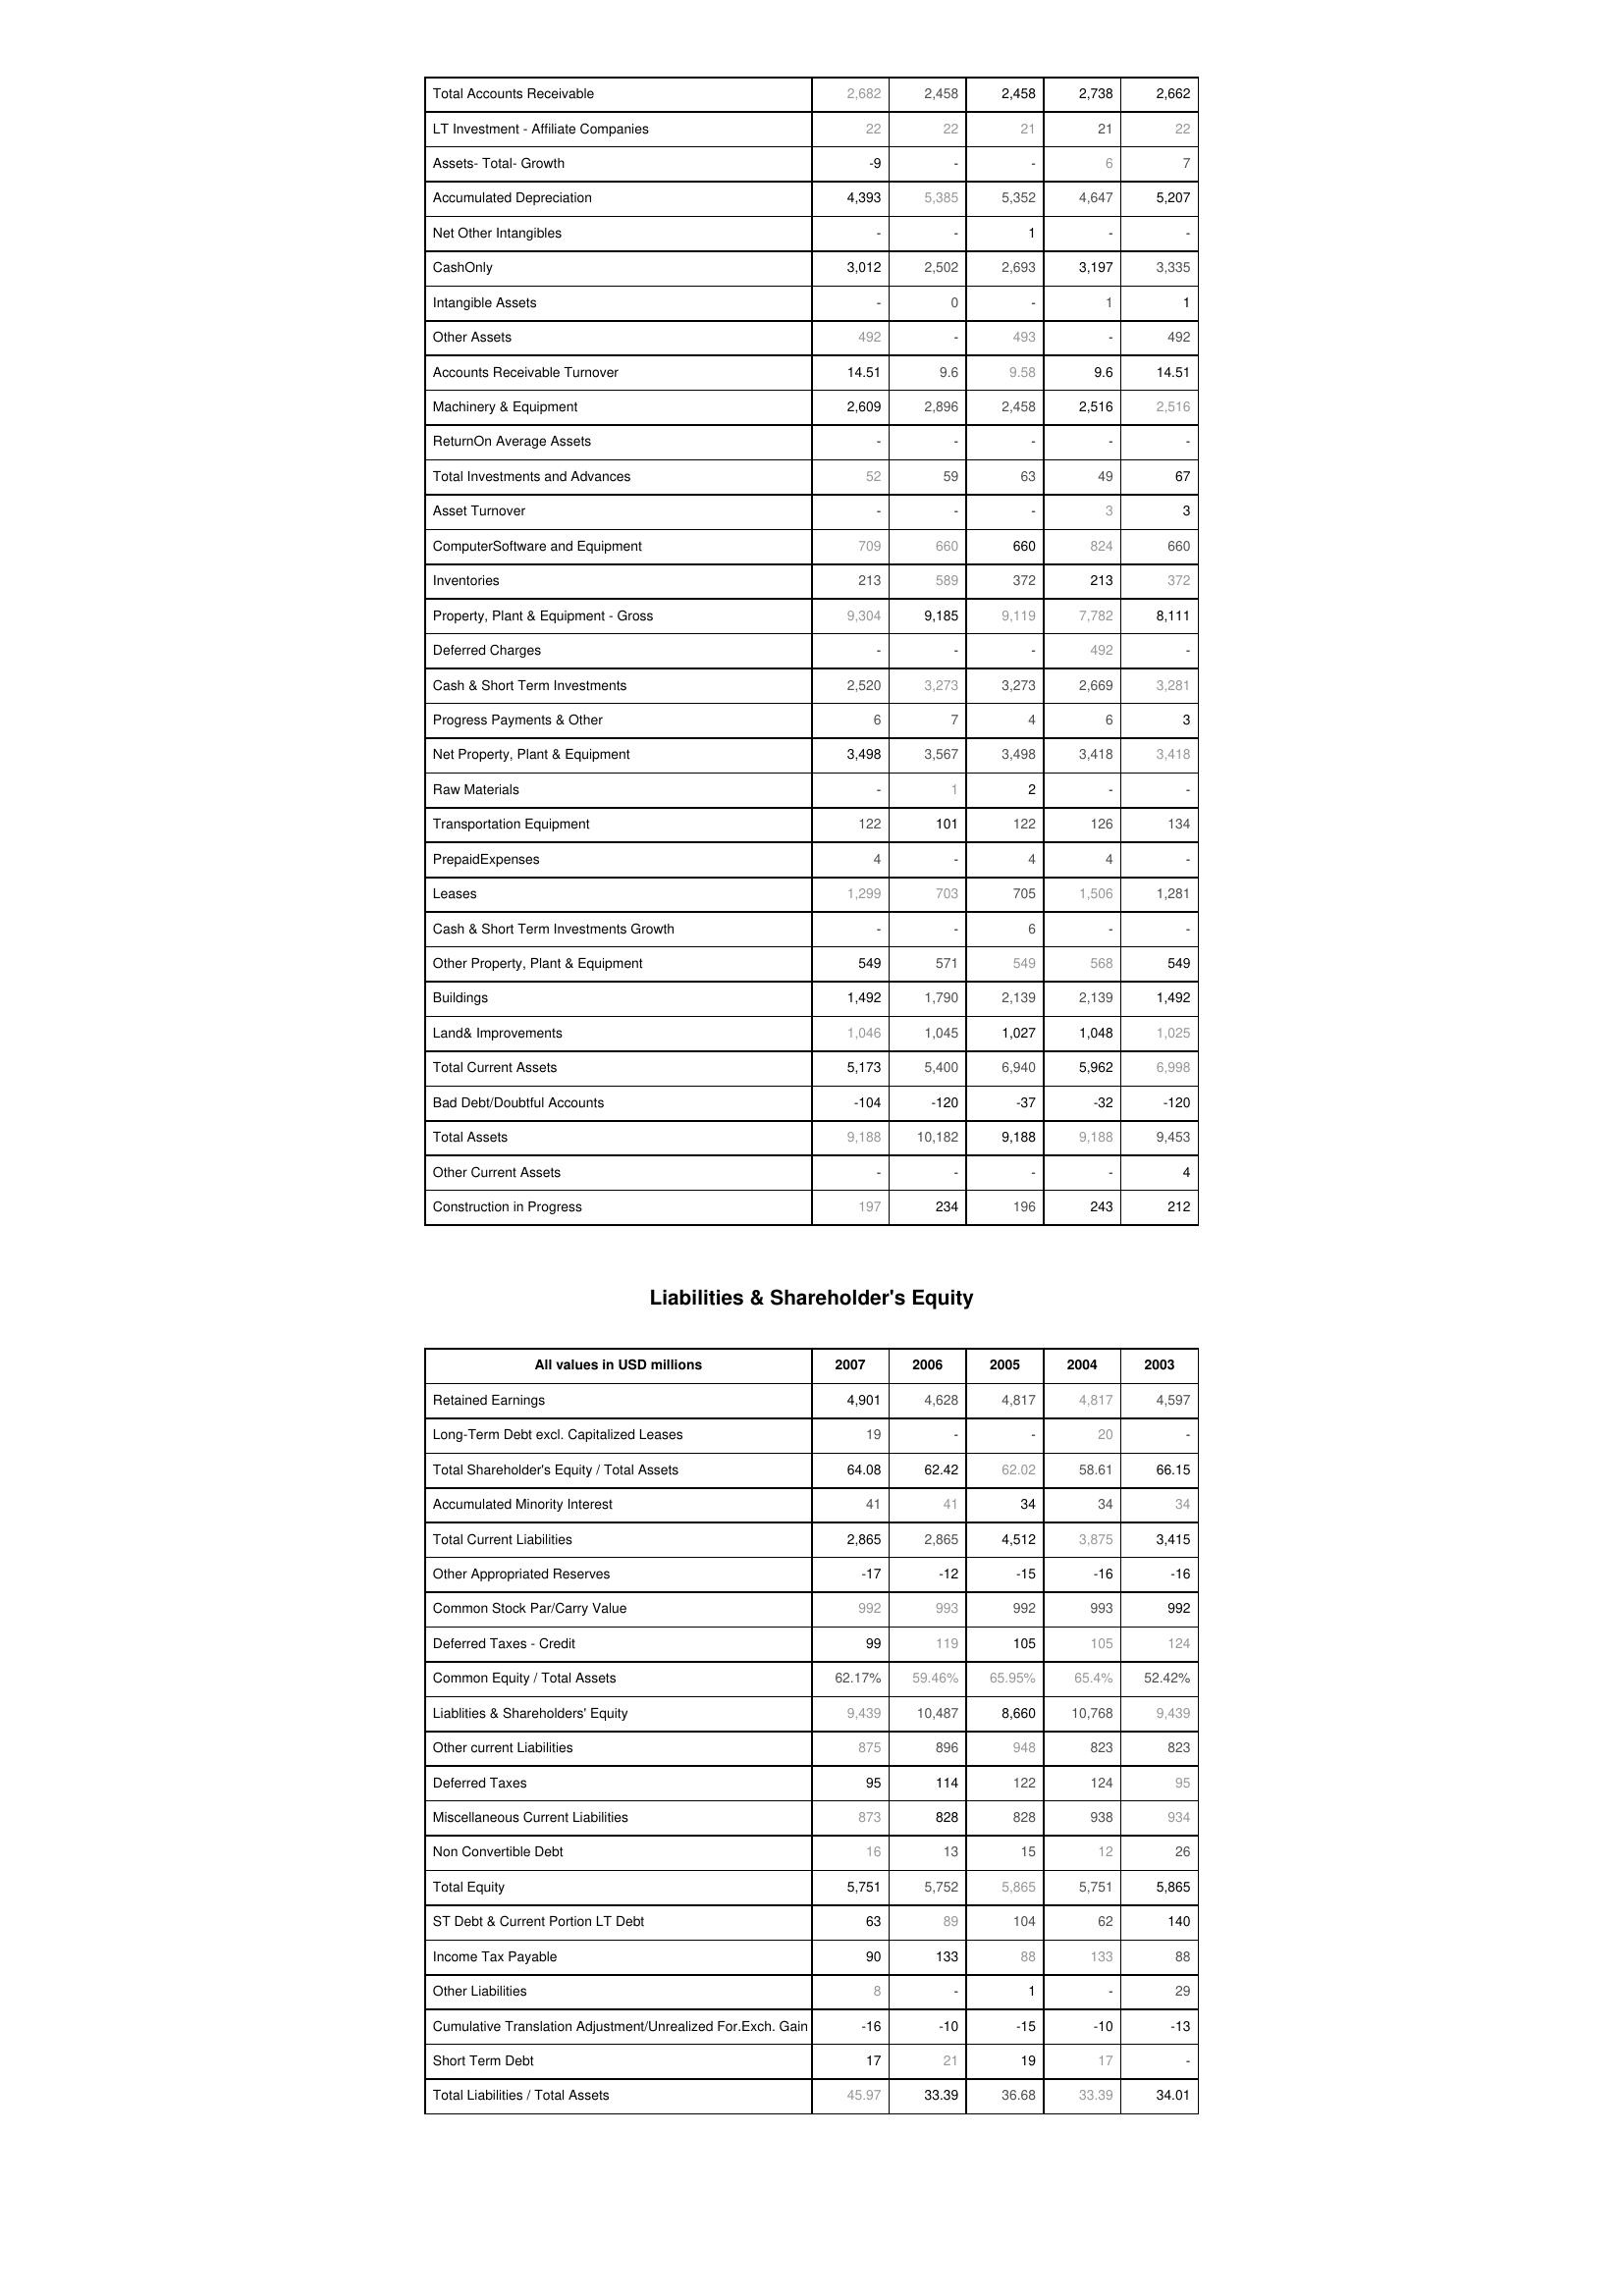
2007: Assets: Total Accounts Receivable: 2,682
LT Investment - Affiliate Companies: 22
Assets- Total- Growth: -9
Accumulated Depreciation: 4,393
Net Other Intangibles: -
CashOnly: 3,012
Intangible Assets: -
Other Assets: 492
Accounts Receivable Turnover: 14.51
Machinery & Equipment: 2,609
ReturnOn Average Assets: -
Total Investments and Advances: 52
Asset Turnover: -
ComputerSoftware and Equipment: 709
Inventories: 213
Property, Plant & Equipment - Gross : 9,304
Deferred Charges: -
Cash & Short Term Investments: 2,520
Progress Payments & Other: 6
Net Property, Plant & Equipment: 3,498
Raw Materials: -
Transportation Equipment: 122
PrepaidExpenses: 4
Leases: 1,299
Cash & Short Term Investments Growth: -
Other Property, Plant & Equipment: 549
Buildings: 1,492
Land& Improvements: 1,046
Total Current Assets: 5,173
Bad Debt/Doubtful Accounts: -104
Total Assets: 9,188
Other Current Assets: -
Construction in Progress: 197
Liabilities & Shareholder's Equity: Retained Earnings: 4,901
Long-Term Debt excl. Capitalized Leases: 19
Total Shareholder's Equity / Total Assets: 64.08
Accumulated Minority Interest: 41
Total Current Liabilities: 2,865
Other Appropriated Reserves: -17
Common Stock Par/Carry Value: 992
Deferred Taxes - Credit: 99
Common Equity / Total Assets: 62.17%
Liablities & Shareholders' Equity: 9,439
Other current Liabilities: 875
Deferred Taxes: 95
Miscellaneous Current Liabilities: 873
Non Convertible Debt: 16
Total Equity: 5,751
ST Debt & Current Portion LT Debt: 63
Income Tax Payable: 90
Other Liabilities: 8
Cumulative Translation Adjustment/Unrealized For.Exch. Gain: -16
Short Term Debt: 17
Total Liabilities / Total Assets: 45.97
2006: Assets: Total Accounts Receivable: 2,458
LT Investment - Affiliate Companies: 22
Assets- Total- Growth: -
Accumulated Depreciation: 5,385
Net Other Intangibles: -
CashOnly: 2,502
Intangible Assets: 0
Other Assets: -
Accounts Receivable Turnover: 9.6
Machinery & Equipment: 2,896
ReturnOn Average Assets: -
Total Investments and Advances: 59
Asset Turnover: -
ComputerSoftware and Equipment: 660
Inventories: 589
Property, Plant & Equipment - Gross : 9,185
Deferred Charges: -
Cash & Short Term Investments: 3,273
Progress Payments & Other: 7
Net Property, Plant & Equipment: 3,567
Raw Materials: 1
Transportation Equipment: 101
PrepaidExpenses: -
Leases: 703
Cash & Short Term Investments Growth: -
Other Property, Plant & Equipment: 571
Buildings: 1,790
Land& Improvements: 1,045
Total Current Assets: 5,400
Bad Debt/Doubtful Accounts: -120
Total Assets: 10,182
Other Current Assets: -
Construction in Progress: 234
Liabilities & Shareholder's Equity: Retained Earnings: 4,628
Long-Term Debt excl. Capitalized Leases: -
Total Shareholder's Equity / Total Assets: 62.42
Accumulated Minority Interest: 41
Total Current Liabilities: 2,865
Other Appropriated Reserves: -12
Common Stock Par/Carry Value: 993
Deferred Taxes - Credit: 119
Common Equity / Total Assets: 59.46%
Liablities & Shareholders' Equity: 10,487
Other current Liabilities: 896
Deferred Taxes: 114
Miscellaneous Current Liabilities: 828
Non Convertible Debt: 13
Total Equity: 5,752
ST Debt & Current Portion LT Debt: 89
Income Tax Payable: 133
Other Liabilities: -
Cumulative Translation Adjustment/Unrealized For.Exch. Gain: -10
Short Term Debt: 21
Total Liabilities / Total Assets: 33.39
2005: Assets: Total Accounts Receivable: 2,458
LT Investment - Affiliate Companies: 21
Assets- Total- Growth: -
Accumulated Depreciation: 5,352
Net Other Intangibles: 1
CashOnly: 2,693
Intangible Assets: -
Other Assets: 493
Accounts Receivable Turnover: 9.58
Machinery & Equipment: 2,458
ReturnOn Average Assets: -
Total Investments and Advances: 63
Asset Turnover: -
ComputerSoftware and Equipment: 660
Inventories: 372
Property, Plant & Equipment - Gross : 9,119
Deferred Charges: -
Cash & Short Term Investments: 3,273
Progress Payments & Other: 4
Net Property, Plant & Equipment: 3,498
Raw Materials: 2
Transportation Equipment: 122
PrepaidExpenses: 4
Leases: 705
Cash & Short Term Investments Growth: 6
Other Property, Plant & Equipment: 549
Buildings: 2,139
Land& Improvements: 1,027
Total Current Assets: 6,940
Bad Debt/Doubtful Accounts: -37
Total Assets: 9,188
Other Current Assets: -
Construction in Progress: 196
Liabilities & Shareholder's Equity: Retained Earnings: 4,817
Long-Term Debt excl. Capitalized Leases: -
Total Shareholder's Equity / Total Assets: 62.02
Accumulated Minority Interest: 34
Total Current Liabilities: 4,512
Other Appropriated Reserves: -15
Common Stock Par/Carry Value: 992
Deferred Taxes - Credit: 105
Common Equity / Total Assets: 65.95%
Liablities & Shareholders' Equity: 8,660
Other current Liabilities: 948
Deferred Taxes: 122
Miscellaneous Current Liabilities: 828
Non Convertible Debt: 15
Total Equity: 5,865
ST Debt & Current Portion LT Debt: 104
Income Tax Payable: 88
Other Liabilities: 1
Cumulative Translation Adjustment/Unrealized For.Exch. Gain: -15
Short Term Debt: 19
Total Liabilities / Total Assets: 36.68
2004: Assets: Total Accounts Receivable: 2,738
LT Investment - Affiliate Companies: 21
Assets- Total- Growth: 6
Accumulated Depreciation: 4,647
Net Other Intangibles: -
CashOnly: 3,197
Intangible Assets: 1
Other Assets: -
Accounts Receivable Turnover: 9.6
Machinery & Equipment: 2,516
ReturnOn Average Assets: -
Total Investments and Advances: 49
Asset Turnover: 3
ComputerSoftware and Equipment: 824
Inventories: 213
Property, Plant & Equipment - Gross : 7,782
Deferred Charges: 492
Cash & Short Term Investments: 2,669
Progress Payments & Other: 6
Net Property, Plant & Equipment: 3,418
Raw Materials: -
Transportation Equipment: 126
PrepaidExpenses: 4
Leases: 1,506
Cash & Short Term Investments Growth: -
Other Property, Plant & Equipment: 568
Buildings: 2,139
Land& Improvements: 1,048
Total Current Assets: 5,962
Bad Debt/Doubtful Accounts: -32
Total Assets: 9,188
Other Current Assets: -
Construction in Progress: 243
Liabilities & Shareholder's Equity: Retained Earnings: 4,817
Long-Term Debt excl. Capitalized Leases: 20
Total Shareholder's Equity / Total Assets: 58.61
Accumulated Minority Interest: 34
Total Current Liabilities: 3,875
Other Appropriated Reserves: -16
Common Stock Par/Carry Value: 993
Deferred Taxes - Credit: 105
Common Equity / Total Assets: 65.4%
Liablities & Shareholders' Equity: 10,768
Other current Liabilities: 823
Deferred Taxes: 124
Miscellaneous Current Liabilities: 938
Non Convertible Debt: 12
Total Equity: 5,751
ST Debt & Current Portion LT Debt: 62
Income Tax Payable: 133
Other Liabilities: -
Cumulative Translation Adjustment/Unrealized For.Exch. Gain: -10
Short Term Debt: 17
Total Liabilities / Total Assets: 33.39
2003: Assets: Total Accounts Receivable: 2,662
LT Investment - Affiliate Companies: 22
Assets- Total- Growth: 7
Accumulated Depreciation: 5,207
Net Other Intangibles: -
CashOnly: 3,335
Intangible Assets: 1
Other Assets: 492
Accounts Receivable Turnover: 14.51
Machinery & Equipment: 2,516
ReturnOn Average Assets: -
Total Investments and Advances: 67
Asset Turnover: 3
ComputerSoftware and Equipment: 660
Inventories: 372
Property, Plant & Equipment - Gross : 8,111
Deferred Charges: -
Cash & Short Term Investments: 3,281
Progress Payments & Other: 3
Net Property, Plant & Equipment: 3,418
Raw Materials: -
Transportation Equipment: 134
PrepaidExpenses: -
Leases: 1,281
Cash & Short Term Investments Growth: -
Other Property, Plant & Equipment: 549
Buildings: 1,492
Land& Improvements: 1,025
Total Current Assets: 6,998
Bad Debt/Doubtful Accounts: -120
Total Assets: 9,453
Other Current Assets: 4
Construction in Progress: 212
Liabilities & Shareholder's Equity: Retained Earnings: 4,597
Long-Term Debt excl. Capitalized Leases: -
Total Shareholder's Equity / Total Assets: 66.15
Accumulated Minority Interest: 34
Total Current Liabilities: 3,415
Other Appropriated Reserves: -16
Common Stock Par/Carry Value: 992
Deferred Taxes - Credit: 124
Common Equity / Total Assets: 52.42%
Liablities & Shareholders' Equity: 9,439
Other current Liabilities: 823
Deferred Taxes: 95
Miscellaneous Current Liabilities: 934
Non Convertible Debt: 26
Total Equity: 5,865
ST Debt & Current Portion LT Debt: 140
Income Tax Payable: 88
Other Liabilities: 29
Cumulative Translation Adjustment/Unrealized For.Exch. Gain: -13
Short Term Debt: -
Total Liabilities / Total Assets: 34.01